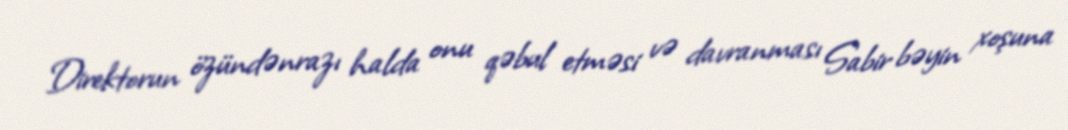
Direktorun özündənrazı halda onu qəbul etməsi və davranması Sabir bəyin xoşuna